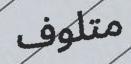
متلوف